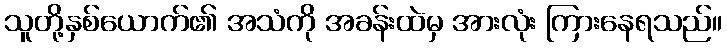
သူတို့နှစ်ယောက်၏ အသံကို အခန်းထဲမှ အားလုံး ကြားနေရသည်။